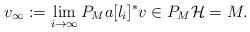
LaTeX: \begin{align*}v_{\infty}:=\lim_{i\to\infty}P_Ma[l_i]^*v\in P_M{\cal H}=M.\end{align*}